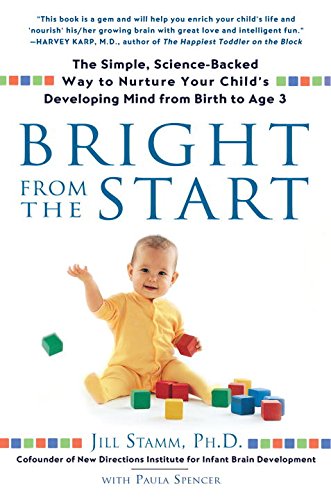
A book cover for Bright from the Start: The Simple, Science-Backed Way to Nurture Your Child's Developing Mind from Birth to Age 3; Jill Stamm; Parenting & Relationships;